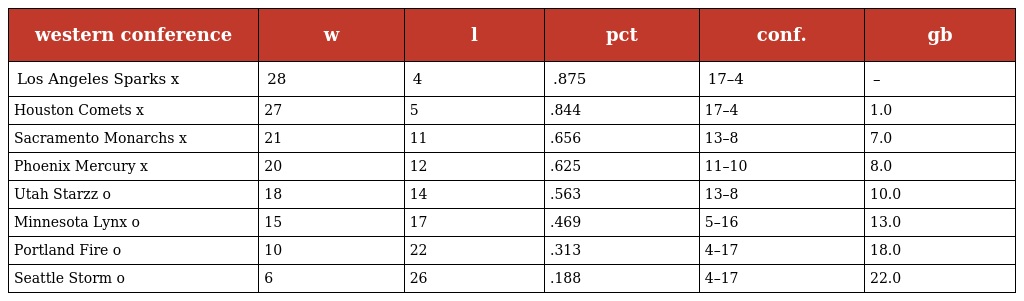
| western conference | w | l | pct | conf. | gb |
 | --- | --- | --- | --- | --- | --- |
 | Los Angeles Sparks x | 28 | 4 | .875 | 17–4 | – |
 | Houston Comets x | 27 | 5 | .844 | 17–4 | 1.0 |
 | Sacramento Monarchs x | 21 | 11 | .656 | 13–8 | 7.0 |
 | Phoenix Mercury x | 20 | 12 | .625 | 11–10 | 8.0 |
 | Utah Starzz o | 18 | 14 | .563 | 13–8 | 10.0 |
 | Minnesota Lynx o | 15 | 17 | .469 | 5–16 | 13.0 |
 | Portland Fire o | 10 | 22 | .313 | 4–17 | 18.0 |
 | Seattle Storm o | 6 | 26 | .188 | 4–17 | 22.0 |